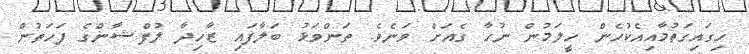
ހިގައިގަތުމާއިއެކުހެން ހީލަމުން ނުހާ ގެއަށް ވަނެވެ. ތަންވަޅު ބަލާފައި ޒާހިދާ ލުފްޝާންގެ ފަހަތުން